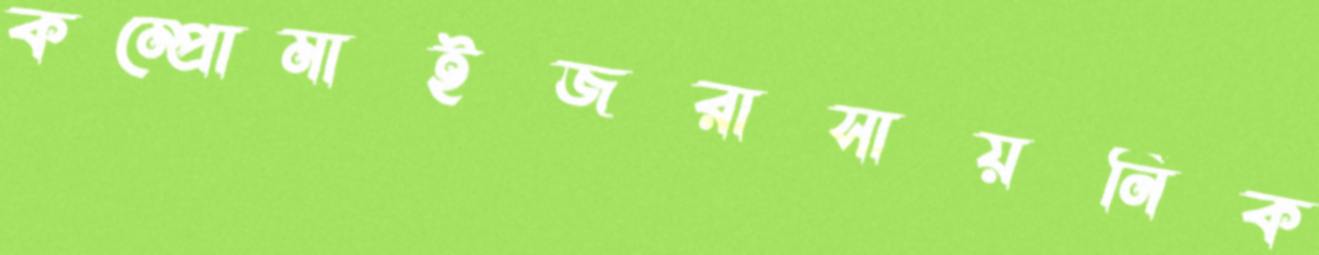
কম্প্রোমাইজরাসায়নিক